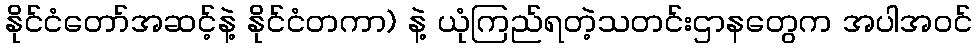
နိုင်ငံတော်အဆင့်နဲ့ နိုင်ငံတကာ) နဲ့ ယုံကြည်ရတဲ့သတင်းဌာနတွေက အပါအဝင်